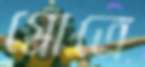
গ্রোত্রে